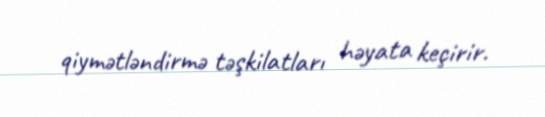
qiymətləndirmə təşkilatları həyata keçirir.